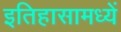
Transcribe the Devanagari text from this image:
इतिहासामध्यें